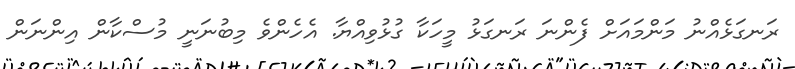
ރަނގަޅެއްނު މަންމައަށް ފެންނަ ރަނގަޅު މީހަކާ ގުޅުވިއްޔާ. އެހެންވެ މިބުނަނީ މުސްކާން އިންނަން